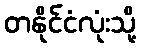
တနိုင်ငံလုံးသို့